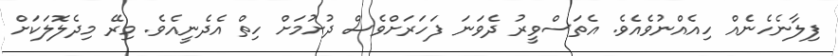
ފިލާނެހެނެއް ހިއެއްނުވެއެވެ. އެތަސްވީރު ދެވަނަ ފަހަރަށްވެސް ދުށުމަށް ހިތް އެދެނީއެވެ. މިރޭ މިދެލޮލަކަށް